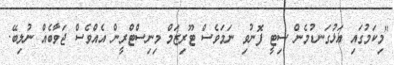
"މިކަމުގައި އަޅުގަނޑުމެން ސިޓީ ފޮނުވި ނަމަވެސް ޓޫރިޒަމް މިނިސްޓްރީން އެއްވެސް ޖަވާބެއް ނުލިބޭ.